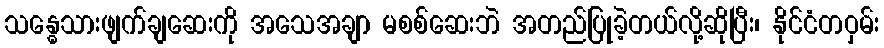
သန္ဓေသားဖျက်ချဆေးကို အသေအချာ မစစ်ဆေးဘဲ အတည်ပြုခဲ့တယ်လို့ဆိုပြီး၊ နိုင်ငံတဝှမ်း